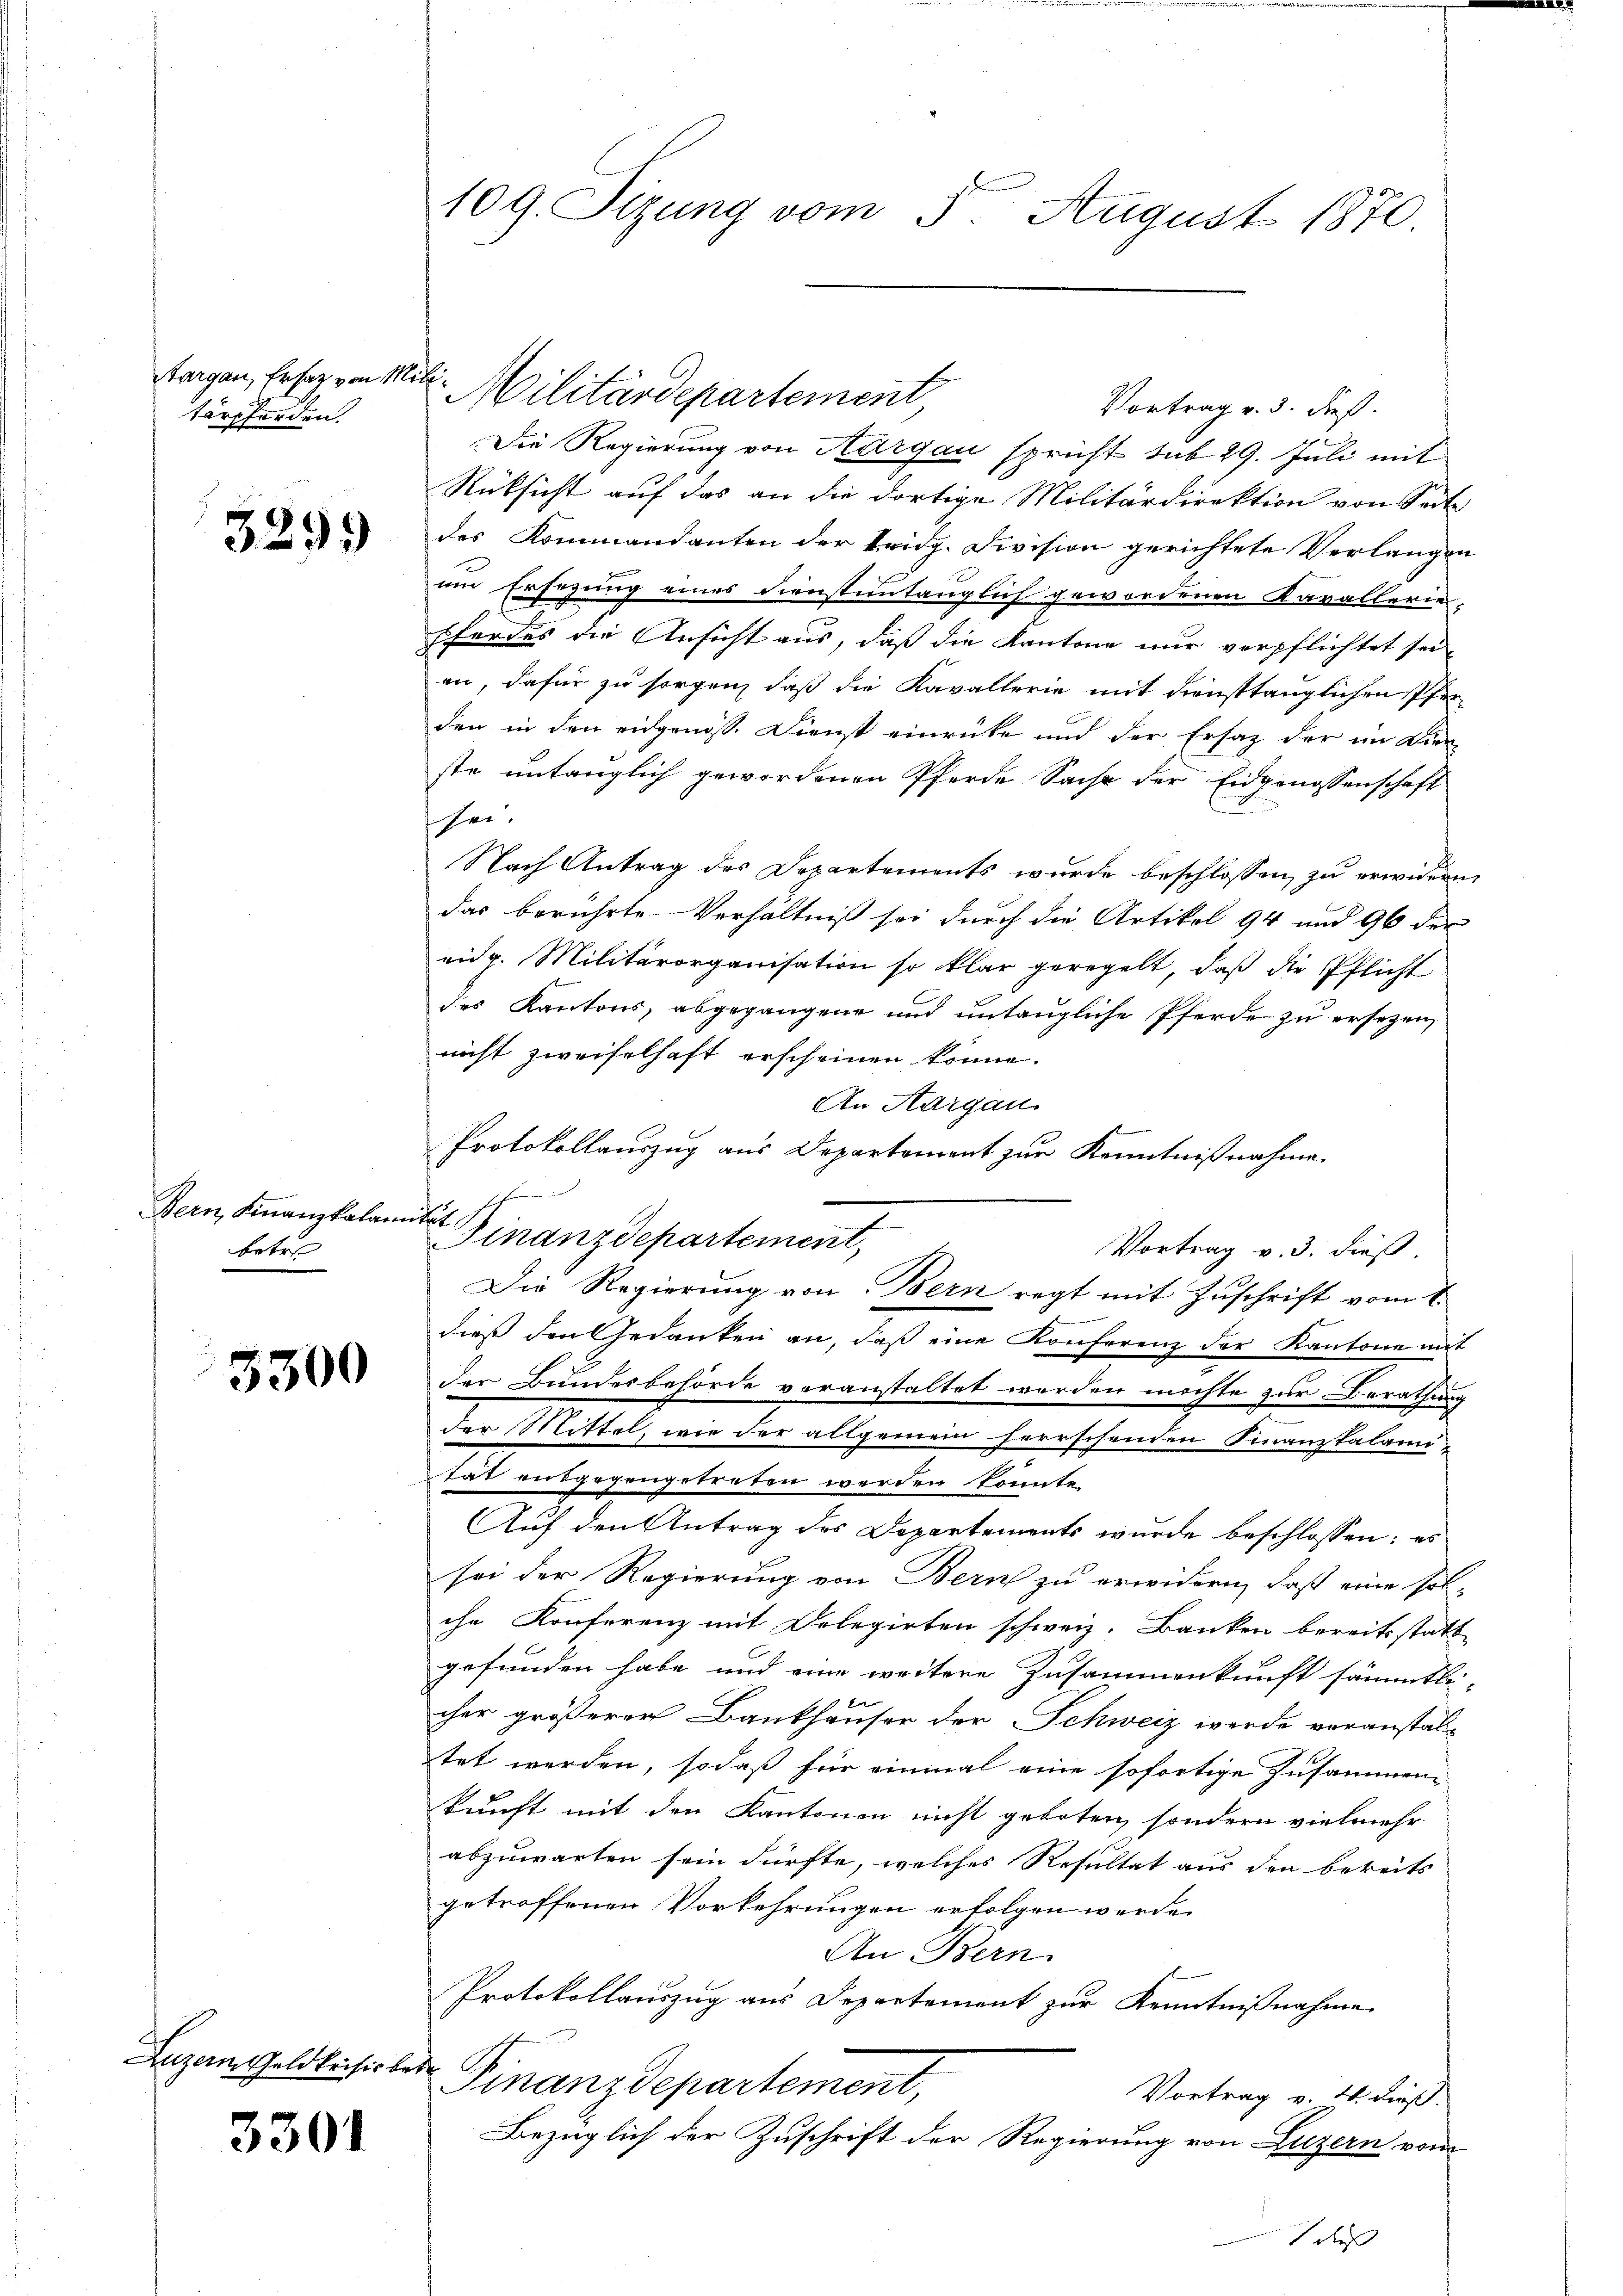
Aargau, Ersatz von 11.
tärpferden.

3299

Bern, Finanzkalam
betre

3300

3301

109. Sizung vom 5. August 1870

.
Militärdepartement

Vortrag v. 3. dieß
Die Regierung von Aargau spricht sub 29. Juli mit
Rüksicht auf das an die dortige Militärdirektion von Seite
des Kommandanten der Leidg. Division gerichtete Verlangen
um Ersezung eines Dienstentänglich gewordenen Kavallerie-
Eferdes die Ansicht aus, daß die Kantone nur verpflichtet sei,
en, dafür zu sorgen, daß die Kavallerie mit diensttänglichen Pfer-
den in den eidgenöss. Dienst einrücke und der Ersatz der im Dien
ste untänglich gewordenen Pferde Sache der Eidgenossenschaft
her.
Nach Antrag des Departements wurde beschlossen, zu erwidern,
das berührte Verhältniß sei durch die Artikel 94 und 96 der
eidg. Militärorganisation so klar geregelt, daß die Pflicht
des Kantons, abgegangene und untängliche Pferde zu ersezen,
nicht zweifelhaft erscheinen könne.
An Aargau.
Protokollauszug aus Departement zur Kenntnißnahme
h
i
Finanzdepartement,
Vortrag v. 3. dieß
dieß den Gedanken an, daß eine Konferenz der Kantone mit
der Bundesbehörde voranstaltet werden möchte zur Berathung
der Mittel, wie der allgemein herrschenden Finanztalamitat entgegengetreten werden könnte.
Auf den Antrag des Departements wurde beschlossen: es
sei der Regierung von Bern zu erwidern, daß eine sol-
che Konferenz mit Delegirten schweiz. Banken bereitsstatt
gefunden habe und eine weitere Zusammenkunft sämmtli-
cher größerer Bankhäuser der Schweiz werde veranstal-
tet werden, sodaß für einmal eine sofortige Zusammen-
kunft mit den Kantonen nicht geboten, sondern vielmehr
abzuwarten sein dürfte, welches Resultat aus den bereits
getroffenen Vorkehrungen erfolgen werde.
An Bern.
Protokollauszug aus Departement zur Kenntnißnahme
Luzern Geldkrisis betr. Finanzdepartement,
Vortrag v. 4. dieß.
Bezüglich der Zuschrift der Regierung von Luzern vom
 dies

Die Regierung von Bern regt mit Zŭschrift vom 2